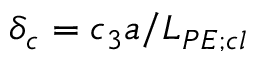
\delta _ { c } = c _ { 3 } a / L _ { P E ; c l }